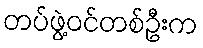
တပ်ဖွဲ့ဝင်တစ်ဦးက